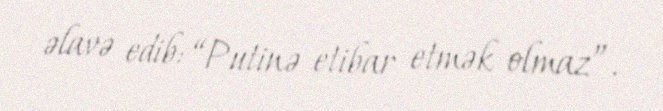
əlavə edib: “Putinə etibar etmək olmaz”.